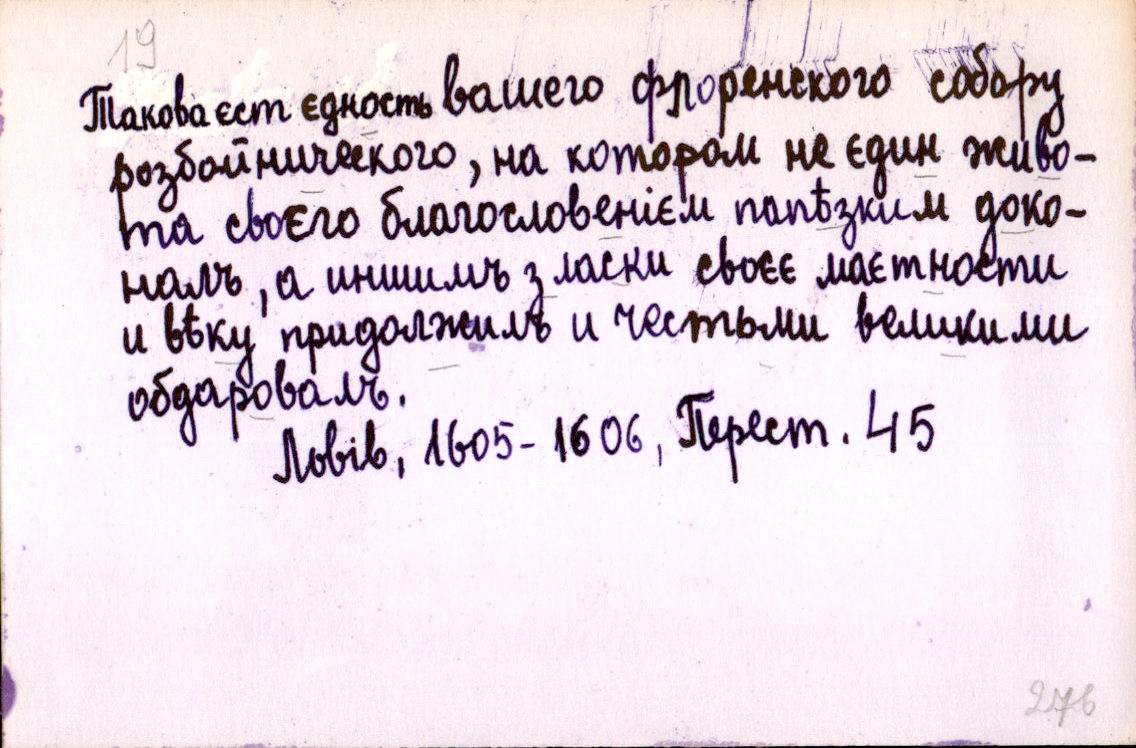
Такова єст єдность вашего флоренского собору
розбойнического, на котором не єдин живо-
та своєго благословенієм папѣзким доко-
налъ, а иншимъ з ласки своєє маєтности
и вѣку придолжилъ и честьми великими
обдаровалъ.
Львів, 1605-1606, Перест. 45